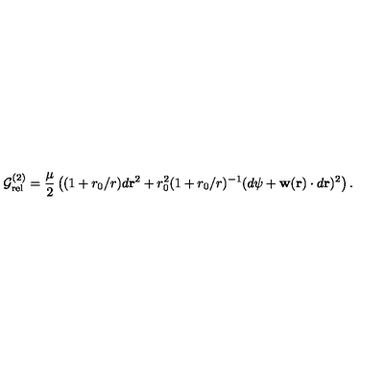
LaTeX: { \cal G } _ { \mathrm { r e l } } ^ { ( 2 ) } = \frac { \mu } { 2 } \left( ( 1 + r _ { 0 } / r ) d { { \bf r } } ^ { 2 } + r _ { 0 } ^ { 2 } ( 1 + r _ { 0 } / r ) ^ { - 1 } ( d { \psi } + { \bf w } ( { \bf r } ) \cdot d { { \bf r } } ) ^ { 2 } \right) .